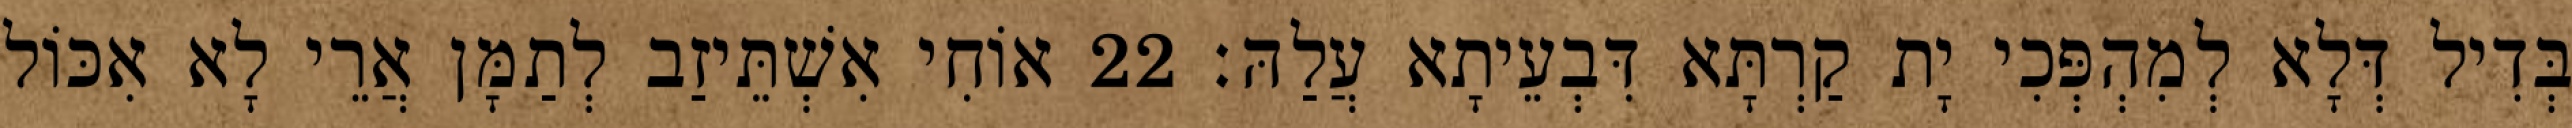
בְּדִיל דְּלָא לְמִהְפְּכִי יָת קַרְתָּא דִּבְעֵיתָא עֲלַהּ׃ 22 אוֹחִי אִשְׁתֵּיזַב לְתַמָּן אֲרֵי לָא אִכּוֹל